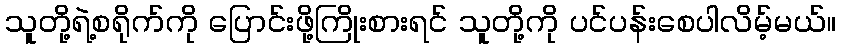
သူတို့ရဲ့စရိုက်ကို ပြောင်းဖို့ကြိုးစားရင် သူတို့ကို ပင်ပန်းစေပါလိမ့်မယ်။